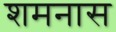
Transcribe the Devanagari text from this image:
शमनास